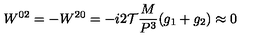
W ^ { 0 2 } = - W ^ { 2 0 } = - i { 2 \mathcal T } { \frac { M } { P ^ { 3 } } } ( g _ { 1 } + g _ { 2 } ) \approx 0